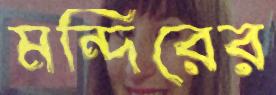
মন্দিরের